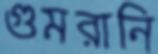
গুমরানি